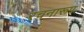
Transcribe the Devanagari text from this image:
रचनारूप